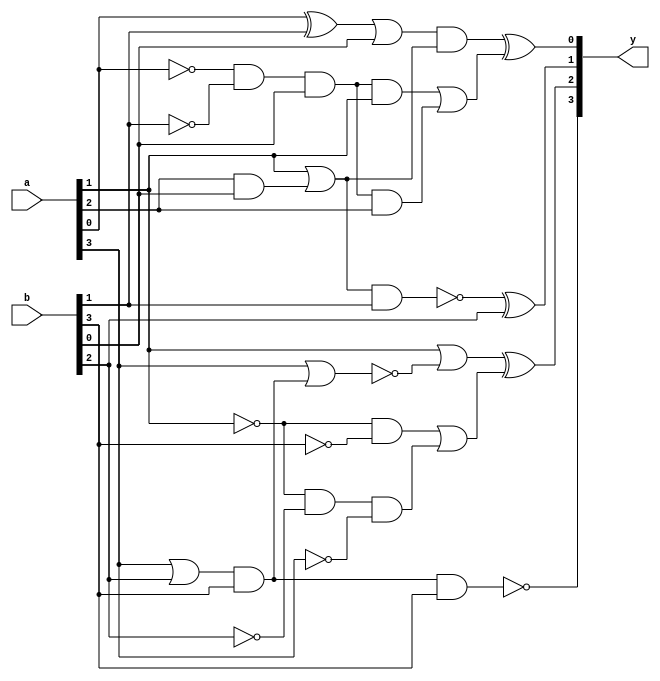
module test_3(y,a,b);
	input [3:0]a, b;
	output [3:0]y;
	wire [7:0]w;
	wire sub_wire0, w_eco0, w_eco1, w_eco2, sub_wire1, w_eco3, w_eco4, w_eco5;

	xor xor_1(w[0], a[0], b[1]);
	or or_1(w[1], w[0], b[0]);
	and and_1(w[2], a[2], b[0]);
	or or_2(w[3], a[1], w[2]);
	and and_2(sub_wire0, w[1], w[3]);
	nand nand_1(w[4], w[3], b[1]);
	xor xor_2(y[1], w[4], b[2]);
	or or_3(w[5], a[3], b[2]);
	and and_3(w[7], w[5], b[3]);
	nor nor_1(w[6], a[3], w[7]);
	or or_4(sub_wire1, a[1], w[6]);
	nand nand_2(y[3], w[7], b[3]);
	and _ECO_0(w_eco0, !a[0], !b[1], b[0], a[1]);
	and _ECO_1(w_eco1, !a[0], !b[1], b[0], a[2]);
	or _ECO_2(w_eco2, w_eco0, w_eco1);
	xor _ECO_out0(y[0], sub_wire0, w_eco2);
	and _ECO_3(w_eco3, !a[1], !b[3]);
	and _ECO_4(w_eco4, !a[1], !b[2], !a[3]);
	or _ECO_5(w_eco5, w_eco3, w_eco4);
	xor _ECO_out1(y[2], sub_wire1, w_eco5);

endmodule